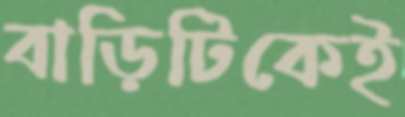
বাড়িটিকেই